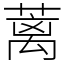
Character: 蓠